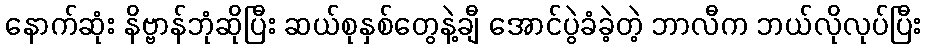
နောက်ဆုံး နိဗ္ဗာန်ဘုံဆိုပြီး ဆယ်စုနှစ်တွေနဲ့ချီ အောင်ပွဲခံခဲ့တဲ့ ဘာလီက ဘယ်လိုလုပ်ပြီး